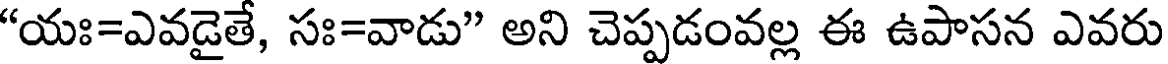
"యః=ఎవడైతే, సః=వాడు" అని చెప్పడంవల్ల ఈ ఉపాసన ఎవరు